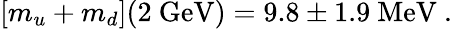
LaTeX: [m_{u}+m_{d}](2\ \mathrm{GeV})=9.8\pm 1.9\ \mathrm{MeV}\ .